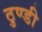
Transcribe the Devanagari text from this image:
ठुण्डी